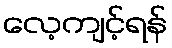
လေ့ကျင့်ရန်